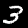
Digit: 3